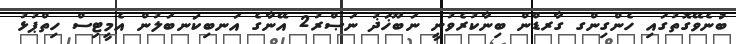
ބުނެވޭގޮތުގައި ހެންގިންގ ގާރޑްން ބިނާކުރެވުނީ ނަބޫޚަޛު ނަޞްރު2 އޭނާގެ އަނބިކަނބަލުން އެމީޓިސް ހިތްޕުޅު